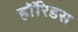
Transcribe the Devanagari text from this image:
हॉरिडस